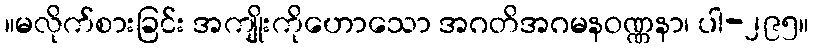
။မလိုက်စားခြင်း အကျိုးကိုဟောသော အဂတိအဂမနဝဏ္ဏနာ၊ ပါ-၂၉၅။